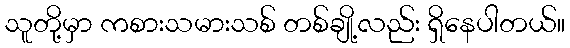
သူတို့မှာ ကစားသမားသစ် တစ်ချို့လည်း ရှိနေပါတယ်။